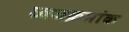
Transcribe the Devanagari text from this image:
ध्वजक्रमांक